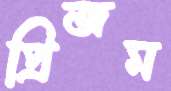
প্রিজম